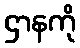
ဌာနကို